Mental hospitals Bombay report 1921-28 - 1921-1928
Year: 1921
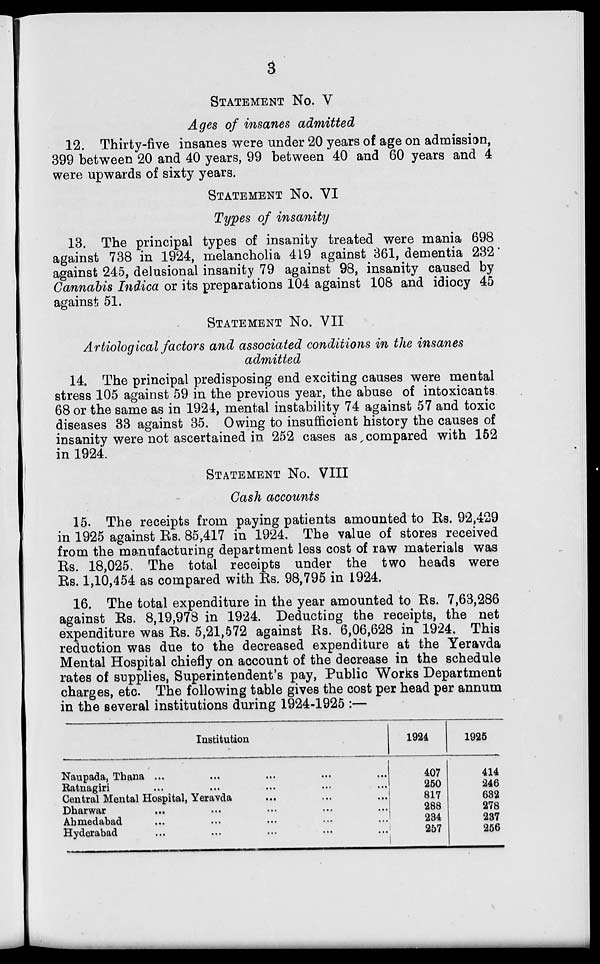
3
STATEMENT No. V
Ages of insanes admitted
12. Thirty-five insanes were under 20 years of age on admission,
399 between 20 and 40 years, 99 between 40 and 60 years and 4
were upwards of sixty years.
Statement No. VI
Types of insanity
13. The principal types of insanity treated were mania 698
against 738 in 1924, melancholia 419 against 361, dementia 232
against 245, delusional insanity 79 against 98, insanity caused by
Cannabis Indica or its preparations 104 against 108 and idiocy 45
against 51.
STATEMENT No. VII
Artiological factors and associated conditions in the insanes
admitted
14. The principal predisposing end exciting causes were mental
stress 105 against 59 in the previous year, the abuse of intoxicants
68 or the same as in 1924, mental instability 74 against 57 and toxic
diseases 33 against 35. Owing to insufficient history the causes of
insanity were not ascertained in 252 cases as compared with 152
in 1924.
STATEMENT No. VIII
Cash accounts
15. The receipts from paying patients amounted to Rs. 92,429
in 1925 against Rs. 85,417 in 1924. The value of stores received
from the manufacturing department less cost of raw materials was
Rs. 18,025. The total receipts under the two heads were
Rs. 1,10,454 as compared with Rs. 98,795 in 1924.
16. The total expenditure in the year amounted to Rs. 7,63,286
against Rs. 8,19,978 in 1924. Deducting the receipts, the net
expenditure was Rs. 5,21,572 against Rs. 6,06,628 in 1924. This
reduction was due to the decreased expenditure at the Yeravda
Mental Hospital chiefly on account of the decrease in the schedule
rates of supplies, Superintendent's pay, Public Works Department
charges, etc. The following table gives the cost per head per annum
in the several institutions during 1924-1925 :—
Institution
Naupada, Thana ... ... ... ... ...
Ratnagiri ... ... ... ... ...
Central Mental Hospital, Yeravda ... ... ...
Dharwar ... ... ... ... ...
Ahmedabad ... ... ... ... ...
Hyderabad ... ... ... ... ...
1924
407
250
817
288
234
257
1925
414
246
632
278
237
256